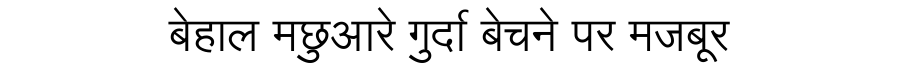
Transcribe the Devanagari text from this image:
बेहाल मछुआरे गुर्दा बेचने पर मजबूर